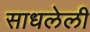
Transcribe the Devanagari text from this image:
साधलेली